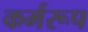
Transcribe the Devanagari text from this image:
कर्मरूप